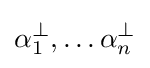
\alpha _{1}^{\perp },\ldots \alpha _{n}^{\perp }